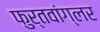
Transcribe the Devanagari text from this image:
फुर्तवांग्लर